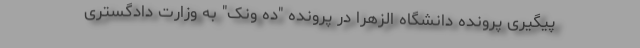
پیگیری پرونده دانشگاه الزهرا در پرونده "ده ونک" به وزارت دادگستری